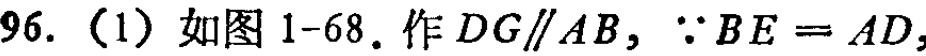
96. （1）如图 1-68. 作 \(DG\parallel AB\)，\(\because BE = AD\)，